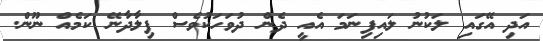
އަދި އޭގައި ލަކުނު ލައިފިނަމަ އެއީ ދެން ދުވަހަކުވެސް ފިލާދާނޭ ކަމެއް ނޫން.